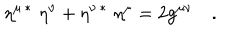
LaTeX: \eta ^ { \mu \, * } \, \, \eta ^ { \nu } + \eta ^ { \nu \, * } \, \, \eta ^ { \mu } = 2 g ^ { \mu \nu } \quad .